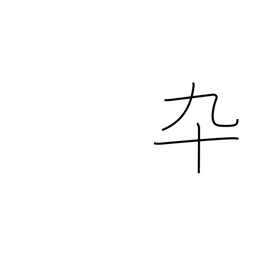
Meaning: soldier